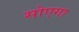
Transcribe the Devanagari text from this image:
सोएगा